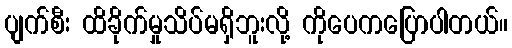
ပျက်စီး ထိခိုက်မှုသိပ်မရှိဘူးလို့ ကိုပေကပြောပါတယ်။